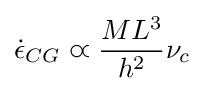
{\dot {\epsilon }}_{CG}\varpropto {\frac {ML^{3}}{h^{2}}}\nu _{c}